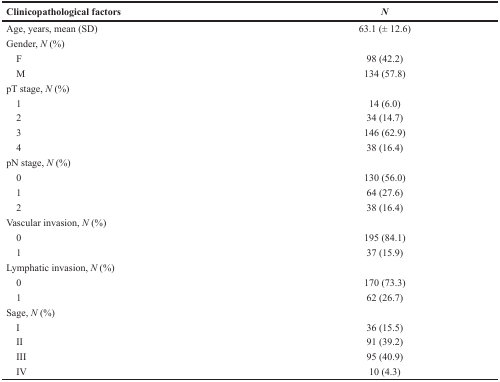
| Clinicopathological factors | N |
 | --- | --- |
 | Age, years, mean (SD) | 63.1 (± 12.6) |
 | Gender, N (%) |  |
 | F | 98 (42.2) |
 | M | 134 (57.8) |
 | pT stage, N (%) |  |
 | 1 | 14 (6.0) |
 | 2 | 34 (14.7) |
 | 3 | 146 (62.9) |
 | 4 | 38 (16.4) |
 | pN stage, N (%) |  |
 | 0 | 130 (56.0) |
 | 1 | 64 (27.6) |
 | 2 | 38 (16.4) |
 | Vascular invasion, N (%) |  |
 | 0 | 195 (84.1) |
 | 1 | 37 (15.9) |
 | Lymphatic invasion, N(%) |  |
 | 0 | 170 (73.3) |
 | 1 | 62 (26.7) |
 | Sage, N (%) |  |
 | I | 36 (15.5) |
 | II | 91 (39.2) |
 | III | 95 (40.9) |
 | IV | 10 (4.3) |